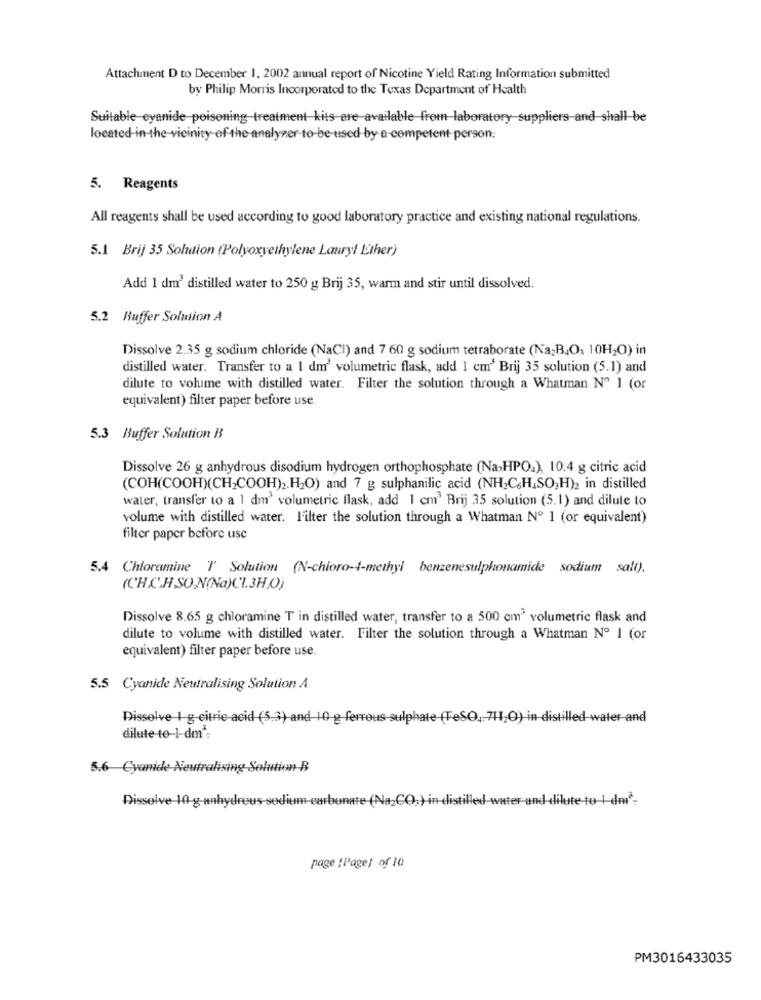
Attachment D to December 1, 2002 annual report of Nicotine Yield Rating Information submitted
by Philip Morris Incorporated to the Texas Department of Health
Suitable eyanide-poisoning-treatment kits-are available from-laboratory suppliers-and-shall be
located in the vicinity of the analyser to be-used by a competent person.
5. Reagents
All reagents shall be used according to good laboratory practice and existing national regulations.
5.1 Brij 35 Solution (Polyoxyethylene Lauryl Ether)
Add 1 dm3 distilled water to 250 g Brij 35, warm and stir until dissolved.
5.2 Buffer Solution A
Dissolve 2.35 g sodium chloride (NaCI) and 7 60 g sodium tetraborate (Na2B,O; 10H2O) in
distilled water. Transfer to a I dm' volumetric flask, add 1 cm' Brij 35 solution (5.1) and
dilute to volume with distilled water. Filter the solution through a Whatman Nº 1 (or
equivalent) filter paper before use.
5.3 Buffer Solution B
Dissolve 26 g anhydrous disodium hydrogen orthophosphate (Na-HPO.), 10.4 g citric acid
(COH(COOH)(CH;COOH)2.H2O) and 7 g sulphanilic acid (NH;C&H4SO,H)2 in distilled
water, transfer to a 1 dm' volumetric flask, add 1 cm3 Brij 35 solution (5.1) and dilute to
volume with distilled water. Filter the solution through a Whatman Nº 1 (or equivalent)
filter paper before use
5.4 Chloramine T' Solution (N-chioro-4-methyl benzenesulphonamide sodium salt).
(CH.C.H .SON(Na)C1.3H.O)
Dissolve 8.65 g chloramine T in distilled water, transfer to a 500 cm3 volumetric flask and
dilute to volume with distilled water. Filter the solution through a Whatman Nº 1 (or
equivalent) filter paper before use.
5.5 Cyanide Neutralising Solution A
Dissolve 1 g citric acid (5.3) and 10 g ferrous sulphate (TeSO, 711,O) in distilled water and
dilute-to-1-dm2:
5.6 Cyanide Neutralising Solution B
Dissolve 10 g anhydrous sodium carbonate (Na2CO3) in distilled water and dilute to 1 dm2-
page :Pagel of 10
PM3016433035